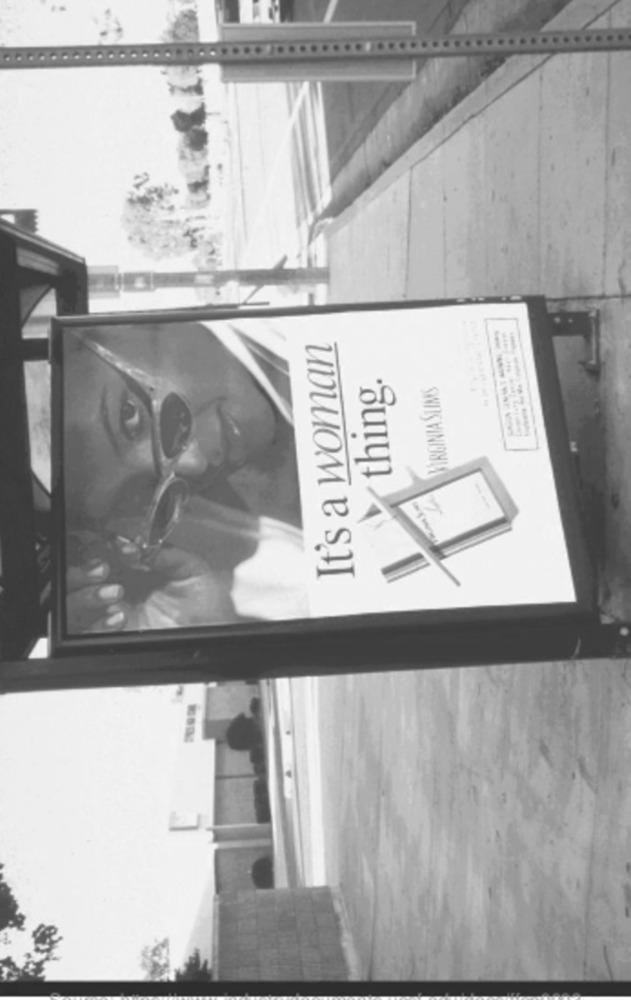
It's a woman
thing.
VIRGINIA SLIMS